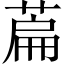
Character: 萹